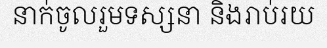
នាក់ចូលរួមទស្សនា និងរាប់រយ